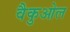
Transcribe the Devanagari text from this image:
वैकुओल